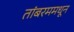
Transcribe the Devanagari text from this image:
तांबरममधून